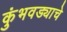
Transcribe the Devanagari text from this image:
कुंभवड्याचे